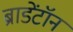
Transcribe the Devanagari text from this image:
ब्राडेंटॉन